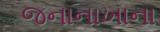
જનાનાખાના